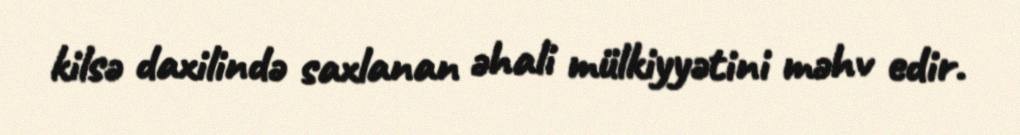
kilsə daxilində saxlanan əhali mülkiyyətini məhv edir.